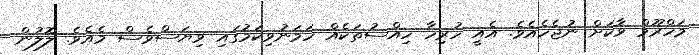
މަހްރޫމް ވާކަށް ނުޖެހެއެވެ. އެއީ ހުރިހާ ހިއްސުތަކެއް ހަމަނުވިކަމުގައި ވިޔަސްވެސް މެއެވެ. ލޮލުން